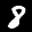
Label: 8